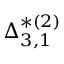
{ \boldsymbol { \Delta } } _ { 3 , 1 } ^ { * ( 2 ) }